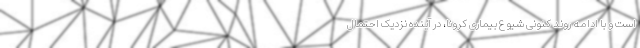
است و با ادامه روند کنونی شیوع بیماری کرونا، در آینده نزدیک احتمال